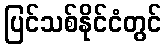
ပြင်သစ်နိုင်ငံတွင်